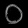
Digit: ၀